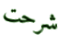
شرحت